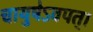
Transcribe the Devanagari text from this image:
चायुषेऽवपत्।